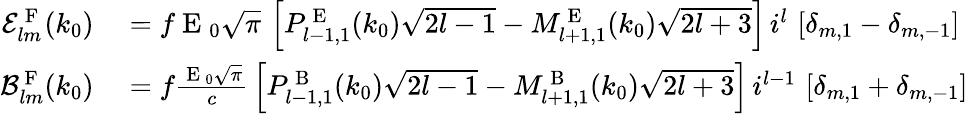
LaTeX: \begin{array}{rl}{\mathcal{E}_{lm}^{\mathrm{~F~}}(k_{0})}&{{}=f\mathrm{~E~}_{0}\sqrt{\pi}\, \left[P_{l-1,1}^{\mathrm{~E~}}(k_{0})\sqrt{2l-1}-M_{l+1,1}^{\mathrm{~E~}}(k_{0})\sqrt{2l+3}\right]\, i^{l}\, \left[\delta_{m,1}-\delta_{m,-1}\right]}\\ {\mathcal{B}_{lm}^{\mathrm{~F~}}(k_{0})}&{{}=f\frac{\mathrm{~E~}_{0}\sqrt{\pi}}{c}\, \left[P_{l-1,1}^{\mathrm{~B~}}(k_{0})\sqrt{2l-1}-M_{l+1,1}^{\mathrm{~B~}}(k_{0})\sqrt{2l+3}\right]\, i^{l-1}\, \left[\delta_{m,1}+\delta_{m,-1}\right]}\end{array}